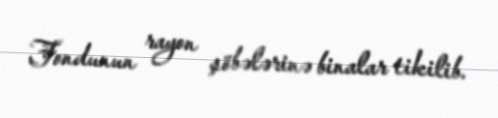
Fondunun rayon şöbələrinə binalar tikilib.